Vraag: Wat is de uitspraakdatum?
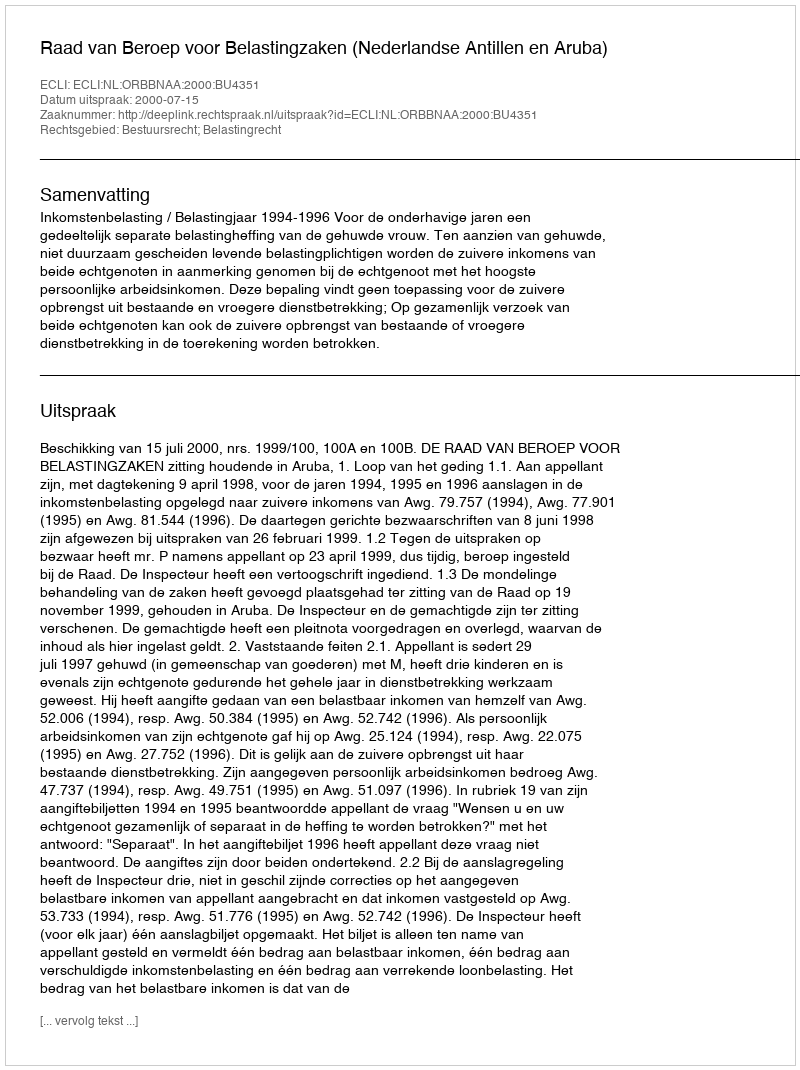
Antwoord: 2000-07-15